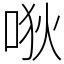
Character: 唙